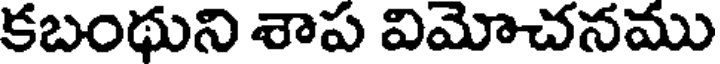
కబంథుని శాప విమోచనము